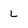
Character: L